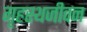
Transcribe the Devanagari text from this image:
गृहस्थजीवन